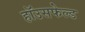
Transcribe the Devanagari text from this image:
हॉउसफेल्ड